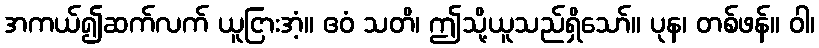
အကယ်၍ဆက်လက် ယူငြားအံ့။ ဧဝံ သတိ၊ ဤသို့ယူသည်ရှိသော်။ ပုန၊ တစ်ဖန်။ ဝါ၊